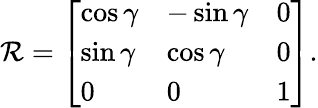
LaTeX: \mathcal{R}=\left[\begin{array}{lll}{\cos\gamma}&{-\sin\gamma}&{0}\\ {\sin\gamma}&{\cos\gamma}&{0}\\ {0}&{0}&{1}\end{array}\right].